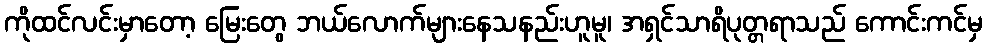
ကိုထင်လင်းမှာတော့ မြေးတွေ ဘယ်လောက်များနေသနည်းဟူမူ၊ အရှင်သာရိပုတ္တရာသည် ကောင်းကင်မှ